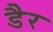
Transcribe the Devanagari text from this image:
डैर